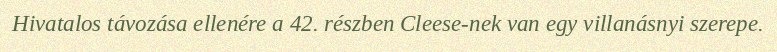
Hivatalos távozása ellenére a 42. részben Cleese-nek van egy villanásnyi szerepe.